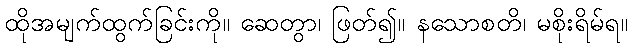
ထိုအမျက်ထွက်ခြင်းကို။ ဆေတွာ၊ ဖြတ်၍။ နသောစတိ၊ မစိုးရိမ်ရ။